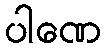
ပါဏေ